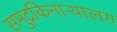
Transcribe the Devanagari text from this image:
समुद्रकिनाऱ्यालग